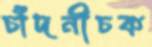
চাঁদনীচক